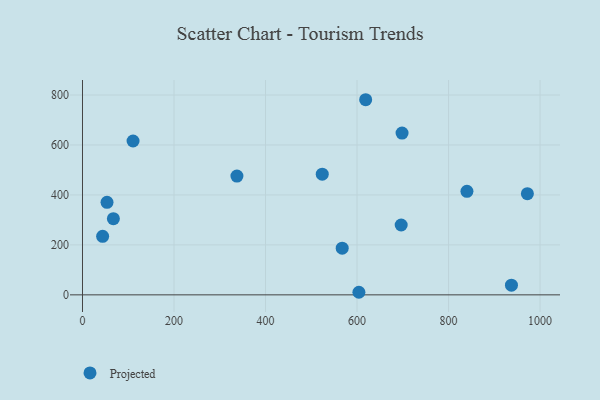
{"axis": {"x": "Speed", "y": "Rating"}, "legend": ["Projected"], "data": [{"x": "972.3", "y": 405.0, "type": "Projected"}, {"x": "698.4", "y": 647.5, "type": "Projected"}, {"x": "840.2", "y": 414.4, "type": "Projected"}, {"x": "696.5", "y": 279.6, "type": "Projected"}, {"x": "110.5", "y": 615.9, "type": "Projected"}, {"x": "67.5", "y": 304.8, "type": "Projected"}, {"x": "524.0", "y": 483.1, "type": "Projected"}, {"x": "567.6", "y": 186.8, "type": "Projected"}, {"x": "337.5", "y": 475.3, "type": "Projected"}, {"x": "937.5", "y": 38.9, "type": "Projected"}, {"x": "618.9", "y": 781.1, "type": "Projected"}, {"x": "53.6", "y": 370.4, "type": "Projected"}, {"x": "44.0", "y": 234.4, "type": "Projected"}, {"x": "604.1", "y": 10.3, "type": "Projected"}]}